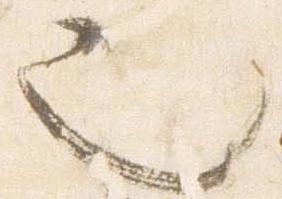
也